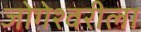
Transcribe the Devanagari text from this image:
जोगेश्वरीला